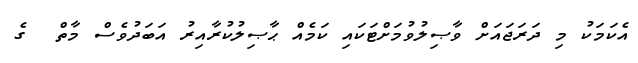
އެކަމަކު މި ދަރަޖައަށް ވާޞިލުވުމަށްޓަކައި ކަމެއް ޙާޞިލުކުރާއިރު އަބަދުވެސް މާތް  ގެ